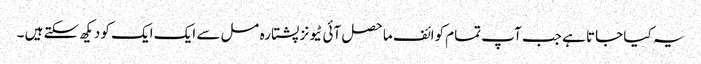
یہ کیا جاتا ہے جب آپ تمام کوائف ماحصل آئی ٹیونز پشتارہ مسل سے ایک ایک کو دیکھ سکتے ہیں ۔